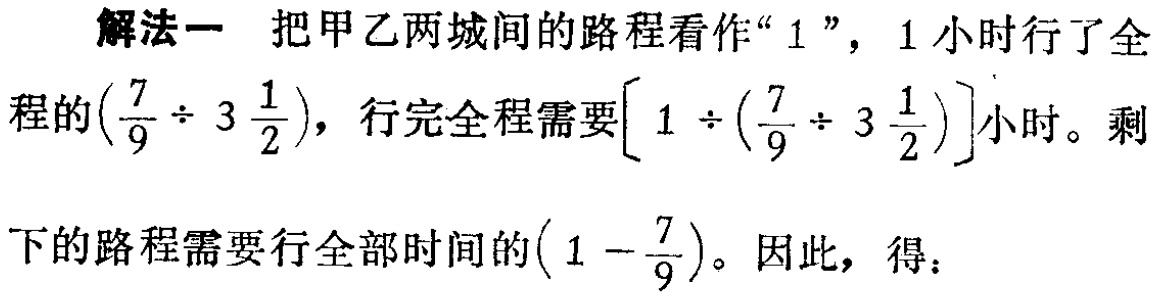
解法一 把甲乙两城间的路程看作“$1$”，$1$小时行了全程的$\left(\frac{7}{9}\div 3\frac{1}{2}\right)$，行完全程需要$\left[1\div \left(\frac{7}{9}\div 3\frac{1}{2}\right)\right]$小时。剩下的路程需要行全部时间的$\left(1 - \frac{7}{9}\right)$。因此，得：